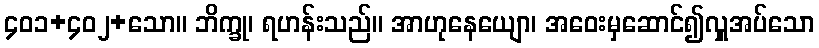
၄၀၁+၄၀၂+သော။ ဘိက္ခု၊ ရဟန်းသည်။ အာဟုနေယျော၊ အဝေးမှဆောင်၍လှူအပ်သော